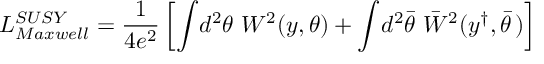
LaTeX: { \cal L } _ { M a x w e l l } ^ { S U S Y } = \frac { 1 } { 4 e ^ { 2 } } \left[ \int \! d ^ { 2 } \theta ~ W ^ { 2 } \! \left( y , \theta \right) + \int \! d ^ { 2 } \bar { \theta } ~ \bar { W } ^ { 2 } ( y ^ { \dagger } , \bar { \theta } \, ) \right]